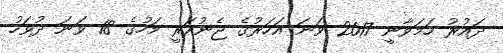
ދައުރު ހަމަވާނީ 2017 ވަނަ އަހަރުގެ ޖެނުއަރީ މަހުގެ 18 ވަނަ ދުވަހު